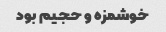
خوشمزه و حجیم بود